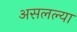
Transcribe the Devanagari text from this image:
असलल्या